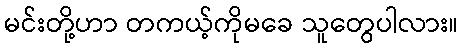
မင်းတို့ဟာ တကယ့်ကိုမခေ သူတွေပါလား။